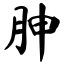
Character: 胂